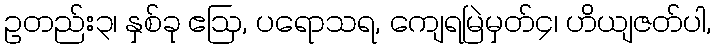
ဥတည်း၃၊ နှစ်ခု ဧဩ, ပရောသရ, ကျေရမြဲမှတ်၄၊ ဟိယျဇတ်ပါ,